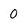
Character: 0